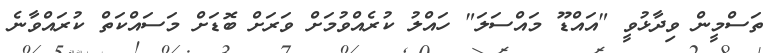
ތަސްމީން ވިދާޅުވީ "އައްޑޫ މައްސަލަ" ހައްލު ކުރެއްވުމަށް ވަރަށް ބޮޑަށް މަސައްކަތް ކުރައްވާނެ